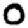
Digit: 0